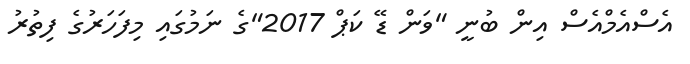
އެސްއެމްއެސް އިން ބުނީ "ވަން ޑޭ ކަޕް 2017"ގެ ނަމުގައި މިފަހަރުގެ ފިތުރު